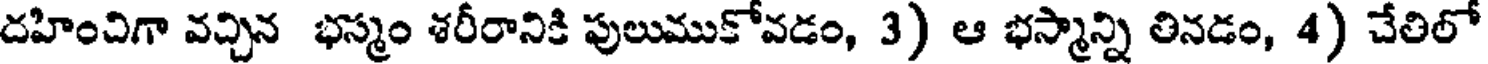
దహించిగా వచ్చిన భస్మం శరీరానికి పులుముకోవడం, 3) ఆ భస్మాన్ని తినడం, 4) చేతిలో